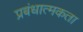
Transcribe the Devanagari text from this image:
प्रबंधात्मकता